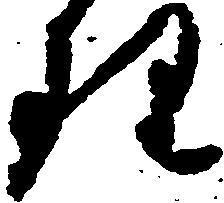
理